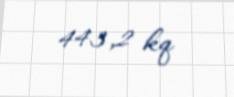
443,2 kq